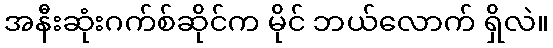
အနီးဆုံးဂက်စ်ဆိုင်က မိုင် ဘယ်လောက် ရှိလဲ။